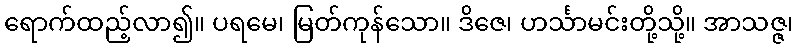
ရောက်ထည့်လာ၍။ ပရမေ၊ မြတ်ကုန်သော။ ဒိဇေ၊ ဟင်္သာမင်းတို့သို့။ အာသဇ္ဇ၊